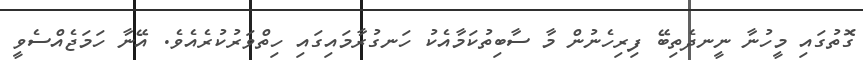
ގޮތުގައި މީހުނާ ނީނދެތިބޭ ފިރިހެނުން މާ ސާބިތުކަމާއެކު ހަނގުރާމައިގައި ހިތްވަރުކުރެއެވެ. އޭނާ ހަމަޖެއްސެވީ